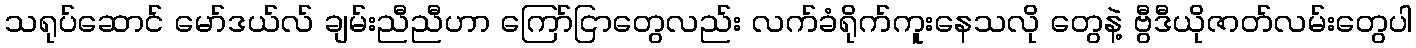
သရုပ်ဆောင် မော်ဒယ်လ် ချမ်းညီညီဟာ ကြော်ငြာတွေလည်း လက်ခံရိုက်ကူးနေသလို တွေနဲ့ ဗွီဒီယိုဇာတ်လမ်းတွေပါ